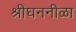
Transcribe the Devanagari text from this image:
श्रीघननीळा